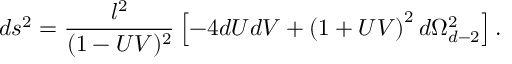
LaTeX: d s ^ { 2 } = \frac { l ^ { 2 } } { ( 1 - U V ) ^ { 2 } } \left[ - 4 d U d V + \left( { 1 + U V } \right) ^ { 2 } d \Omega _ { d - 2 } ^ { 2 } \right] .